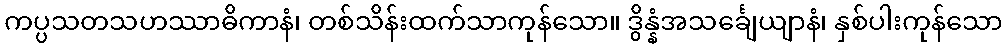
ကပ္ပသတသဟဿာဓိကာနံ၊ တစ်သိန်းထက်သာကုန်သော။ ဒွိန္နံအသင်္ချေယျာနံ၊ နှစ်ပါးကုန်သော